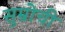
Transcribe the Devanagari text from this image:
सुम्रोची